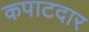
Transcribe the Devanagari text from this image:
कपाटदार